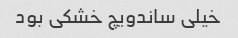
خیلی ساندویچ خشکی بود